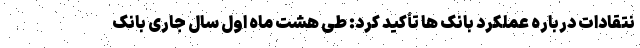
نتقادات درباره عملکرد بانک ها تأکید کرد: طی هشت ماه اول سال جاری بانک